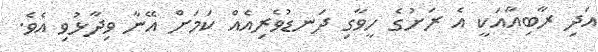
އަދި ރާބިއާއަކީ އެ ރަށުގެ ހީވާގި ދަނޑުވެރިއެއް ކަމަށް އޭނާ ވިދާޅުވި އެވެ.